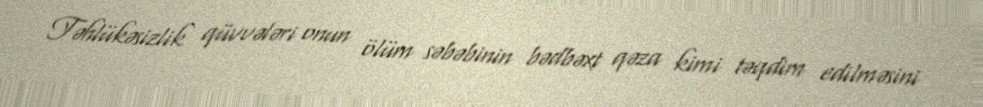
Təhlükəsizlik qüvvələri onun ölüm səbəbinin bədbəxt qəza kimi təqdim edilməsini